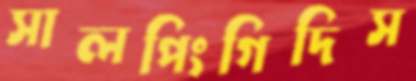
সালপিংগিদিস